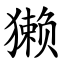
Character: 獭